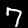
Label: 7